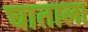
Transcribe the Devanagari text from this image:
घाताला